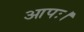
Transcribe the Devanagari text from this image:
आपः।